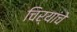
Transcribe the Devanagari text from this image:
चिर्‍यांचे